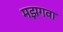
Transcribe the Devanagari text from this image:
मझगवा